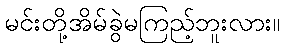
မင်းတို့အိမ်ခွဲမကြည့်ဘူးလား။